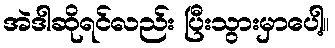
အဲဒါဆိုရင်လည်း ပြီးသွားမှာပေါ့။